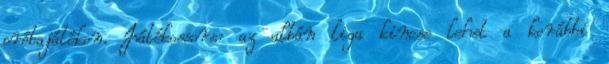
próbajátékon. Játékossors: az albán liga kincse lehet a korábbi